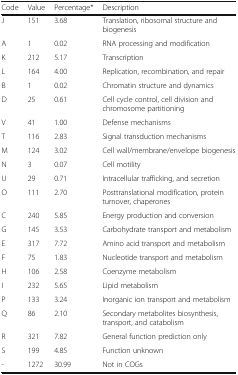
| Code | Value | Percentage* | Description |
 | --- | --- | --- | --- |
 | J | 151 | 3.68 | Translation, ribosomal structure and biogenesis |
 | A | 1 | 0.02 | RNA processing and modification |
 | K | 212 | 5.17 | Transcription |
 | L | 164 | 4.00 | Replication, recombination, and repair |
 | B | 1 | 0.02 | Chromatin structure and dynamics |
 | D | 25 | 0.61 | Cell cycle control, cell division and chromosome partitioning |
 | V | 41 | 1.00 | Defense mechanisms |
 | T | 116 | 2.83 | Signal transduction mechanisms |
 | M | 124 | 3.02 | Cell wall/membrane/envelope biogenesis |
 | N | 3 | 0.07 | Cell motility |
 | U | 29 | 0.71 | Intracellular trafficking, and secretion |
 | O | 111 | 2.70 | Posttranslational modification, protein turnover, chaperones |
 | C | 240 | 5.85 | Energy production and conversion |
 | G | 145 | 3.53 | Carbohydrate transport and metabolism |
 | E | 317 | 7.72 | Amino acid transport and metabolism |
 | F | 75 | 1.83 | Nucleotide transport and metabolism |
 | H | 106 | 2.58 | Coenzyme metabolism |
 | I | 232 | 5.65 | Lipid metabolism |
 | P | 133 | 3.24 | Inorganic ion transport and metabolism |
 | Q | 86 | 2.10 | Secondary metabolites biosynthesis, transport, and catabolism |
 | R | 321 | 7.82 | General function prediction only |
 | S | 199 | 4.85 | Function unknown |
 | - | 1272 | 30.99 | Not in COGs |